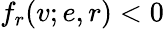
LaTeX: f_{r}(v;e,r)<0